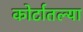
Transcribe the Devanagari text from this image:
कोर्टातल्या